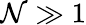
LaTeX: \mathcal{N}\gg1